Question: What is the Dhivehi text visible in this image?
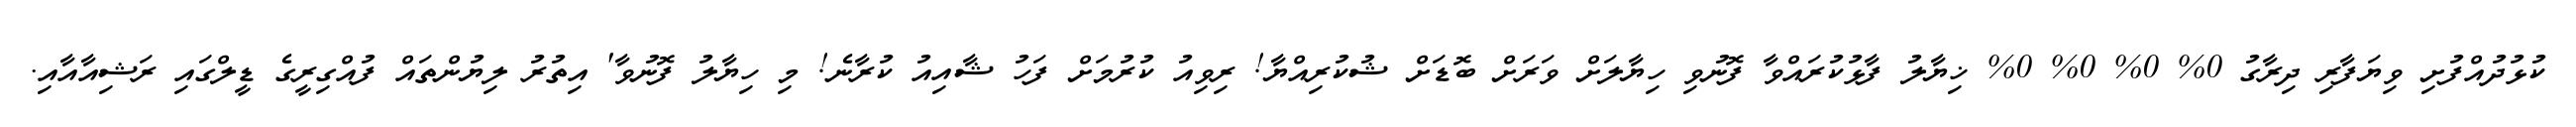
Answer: ކުޅުދުއްފުށި ވިޔަފާރި ދިރާގު 0% 0% 0% 0% ޚިޔާލު ފާޅުކުރައްވާ ފޮނުވި ހިޔާލަށް ވަރަށް ބޮޑަށް ޝުކުރިއްޔާ! ރިވިއު ކުރުމަށް ފަހު ޝާއިއު ކުރާނެ! މި ހިޔާލު ފޮނުވާ' އިތުރު ލިޔުންތައް ފުއްގިރީގެ ޑީލްގައި ރަޝިއާއާއި.